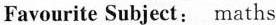
Favourite Colour：blue